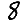
Digit: 8